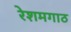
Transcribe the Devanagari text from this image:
रेशमगाठ